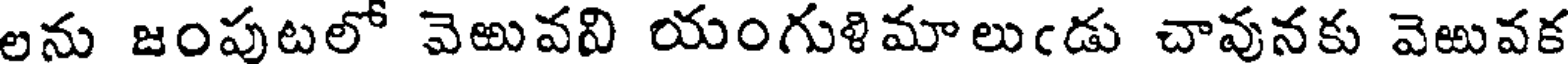
లను జంపుటలో వెఱువవి యంగుళిమాలుఁడు చావునకు వెఱువక